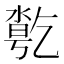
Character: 𠄄